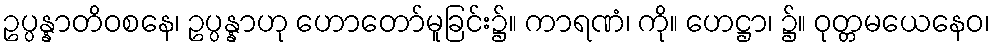
ဥပ္ပန္နာတိဝစနေ၊ ဥပ္ပန္နာဟု ဟောတော်မူခြင်း၌။ ကာရဏံ၊ ကို။ ဟေဋ္ဌာ၊ ၌။ ဝုတ္တမယေနေဝ၊